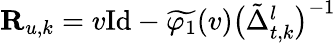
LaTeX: \begin{array}{r}{\mathbf{R}_{u,k}=v\mathrm{Id}-\widetilde{\varphi_{1}}(v)\big(\tilde{\Delta}_{t,k}^{l}\big)^{-1}}\end{array}